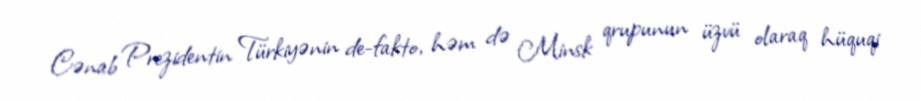
Cənab Prezidentin Türkiyənin de-fakto, həm də Minsk qrupunun üzvü olaraq hüquqi